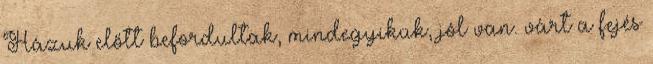
Házuk előtt befordultak, mindegyikük, jól van. várt a fejés